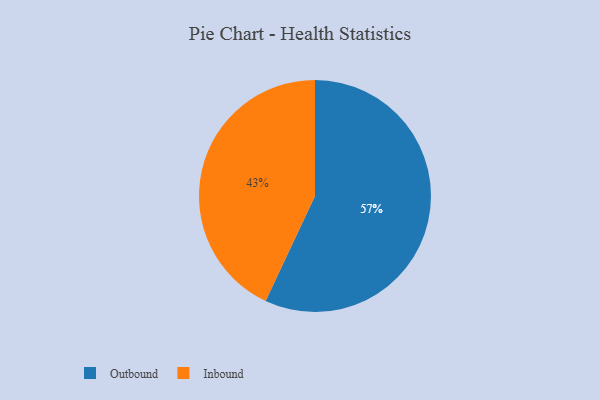
{"axis": {"x": "Category", "y": "Percentage"}, "legend": ["Inbound", "Outbound"], "data": [{"x": "Outbound", "y": 57, "type": "Outbound"}, {"x": "Inbound", "y": 43, "type": "Inbound"}]}